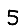
Digit: 5